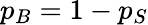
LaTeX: p_{B}=1-p_{S}